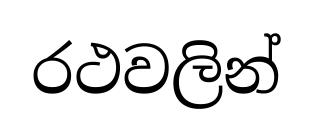
රථවලින්